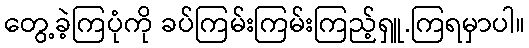
တွေ့ခဲ့ကြပုံကို ခပ်ကြမ်းကြမ်းကြည့်ရှူ.ကြရမှာပါ။